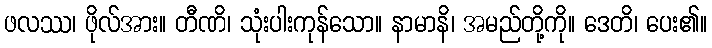
ဖလဿ၊ ဖိုလ်အား။ တီဏိ၊ သုံးပါးကုန်သော။ နာမာနိ၊ အမည်တို့ကို။ ဒေတိ၊ ပေး၏။